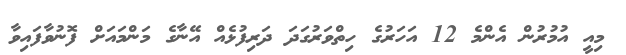
މިއީ އުމުރުން އެންމެ 12 އަހަރުގެ ހިތްވަރުގަދަ ދަރިފުޅެއް އޭނާގެ މަންމައަށް ފޮނުވާފައިވާ